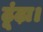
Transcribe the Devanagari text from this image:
ढूंढ़ा।